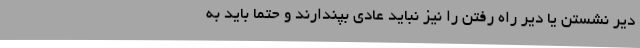
دیر نشستن یا دیر راه رفتن را نیز نباید عادی بپندارند و حتما باید به